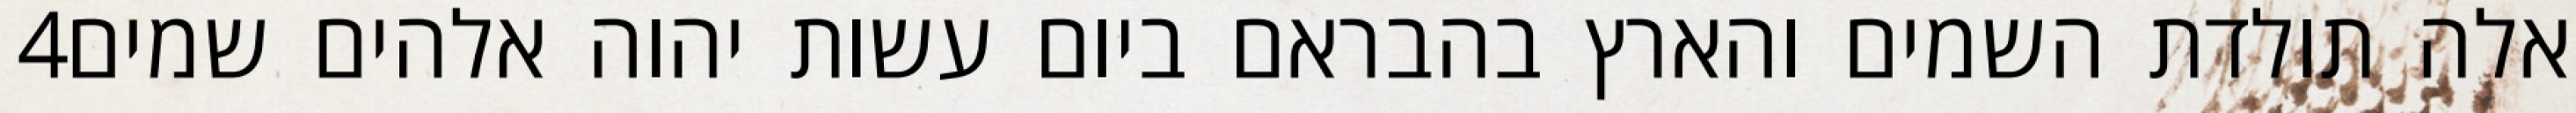
‎4‏ אלה תולדת השמים והארץ בהבראם ביום עשות יהוה אלהים שמים